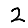
Digit: 2